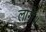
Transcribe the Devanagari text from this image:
लागे॥